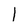
Character: l